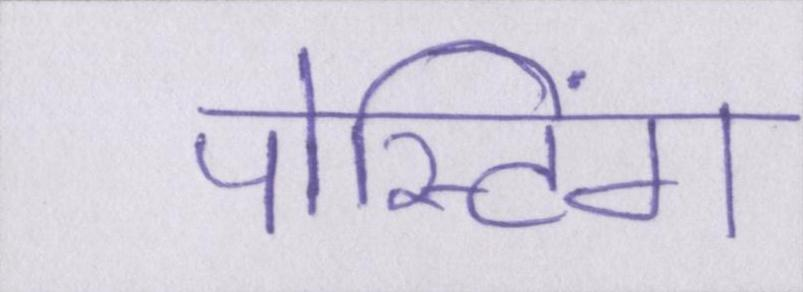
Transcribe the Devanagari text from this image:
पोस्टिंग